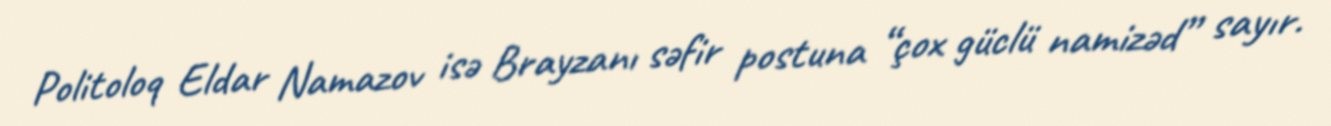
Politoloq Eldar Namazov isə Brayzanı səfir postuna “çox güclü namizəd” sayır.